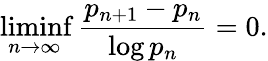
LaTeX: \operatorname*{liminf}_{n\to\infty}{\frac{p_{n+1}-p_{n}}{\log p_{n}}}=0.